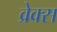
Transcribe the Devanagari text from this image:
व्रेक्स